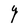
Character: Y